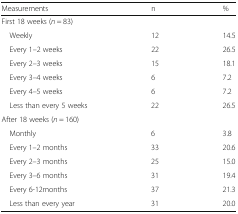
<table><thead><tr><td><b>Measurements</b></td><td><b>n</b></td><td><b>%</b></td></tr></thead><tbody><tr><td colspan="3">First 18 weeks (<i>n</i> = 83)</td></tr><tr><td> Weekly</td><td>12</td><td>14.5</td></tr><tr><td> Every 1–2 weeks</td><td>22</td><td>26.5</td></tr><tr><td> Every 2–3 weeks</td><td>15</td><td>18.1</td></tr><tr><td> Every 3–4 weeks</td><td>6</td><td>7.2</td></tr><tr><td> Every 4–5 weeks</td><td>6</td><td>7.2</td></tr><tr><td> Less than every 5 weeks</td><td>22</td><td>26.5</td></tr><tr><td colspan="3">After 18 weeks (<i>n</i> = 160)</td></tr><tr><td> Monthly</td><td>6</td><td>3.8</td></tr><tr><td> Every 1–2 months</td><td>33</td><td>20.6</td></tr><tr><td> Every 2–3 months</td><td>25</td><td>15.0</td></tr><tr><td> Every 3–6 months</td><td>31</td><td>19.4</td></tr><tr><td> Every 6-12months</td><td>37</td><td>21.3</td></tr><tr><td> Less than every year</td><td>31</td><td>20.0</td></tr></tbody></table>